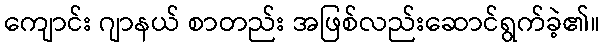
ကျောင်း ဂျာနယ် စာတည်း အဖြစ်လည်းဆောင်ရွက်ခဲ့၏။